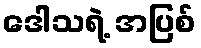
ဒေါသရဲ့ အပြစ်